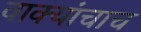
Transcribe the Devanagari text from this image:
वाक्यांचाच